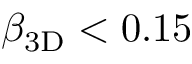
\beta _ { \mathrm { 3 D } } < 0 . 1 5